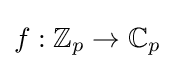
f:\mathbb {Z} _{p}\to \mathbb {C} _{p}